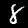
Label: 8